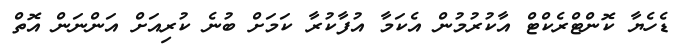
ޑެހެޔާ ކޮންޓްރެކްޓް އާކުރުމުން އެކަމާ އުފާކުރާ ކަމަށް ބުނެ ކުރިއަށް އަންނަން އޮތް